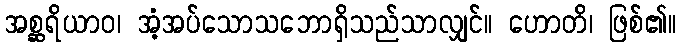
အစ္ဆရိယာဝ၊ အံ့အပ်သောသဘောရှိသည်သာလျှင်။ ဟောတိ၊ ဖြစ်၏။